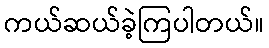
ကယ်ဆယ်ခဲ့ကြပါတယ်။